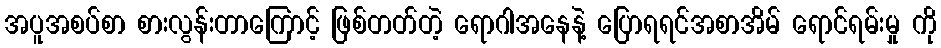
အပူအစပ်စာ စားလွန်းတာကြောင့် ဖြစ်တတ်တဲ့ ရောဂါအနေနဲ့ ပြောရရင်အစာအိမ် ရောင်ရမ်းမှု ကို